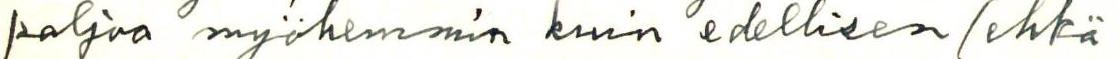
paljoa myöhemmin kuin edellisen (ehkä